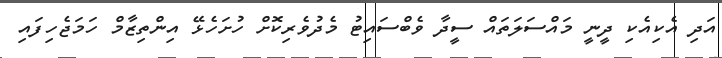
އަދި އެކިއެކި ދީނީ މައްސަލަތައް ސީދާ ވެބްސައިޓު މެދުވެރިކޮށް ހުށަހެޅޭ އިންތިޒާމް ހަމަޖެހިފައި